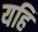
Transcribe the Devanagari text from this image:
यहि